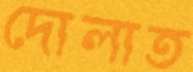
দোলাত